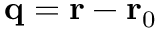
\mathbf { q } = \mathbf { r } - \mathbf { r } _ { 0 }